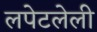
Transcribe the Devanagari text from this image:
लपेटलेली